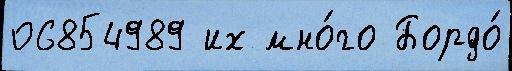
06854989 их мно́го Бордо́